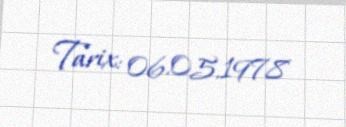
Tarix: 06.05.1978